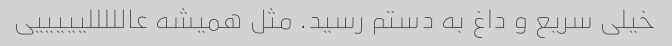
خیلی سریع و داغ به دستم رسید. مثل همیشه عالللللیییییی